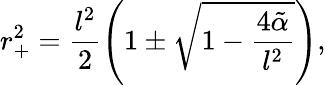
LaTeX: r_{+}^{2}=\frac{l^{2}}{2}\left(1\pm\sqrt{1-\frac{4\tilde{\alpha}}{l^{2}}}\right),